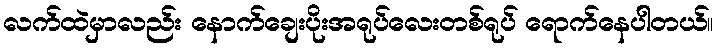
လက်ထဲမှာလည်း နောက်ချေးပိုးအရုပ်လေးတစ်ရုပ် ရောက်နေပါတယ်။